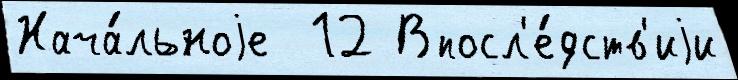
Нача́льноjе  12 Впосл'е́дств'иjи